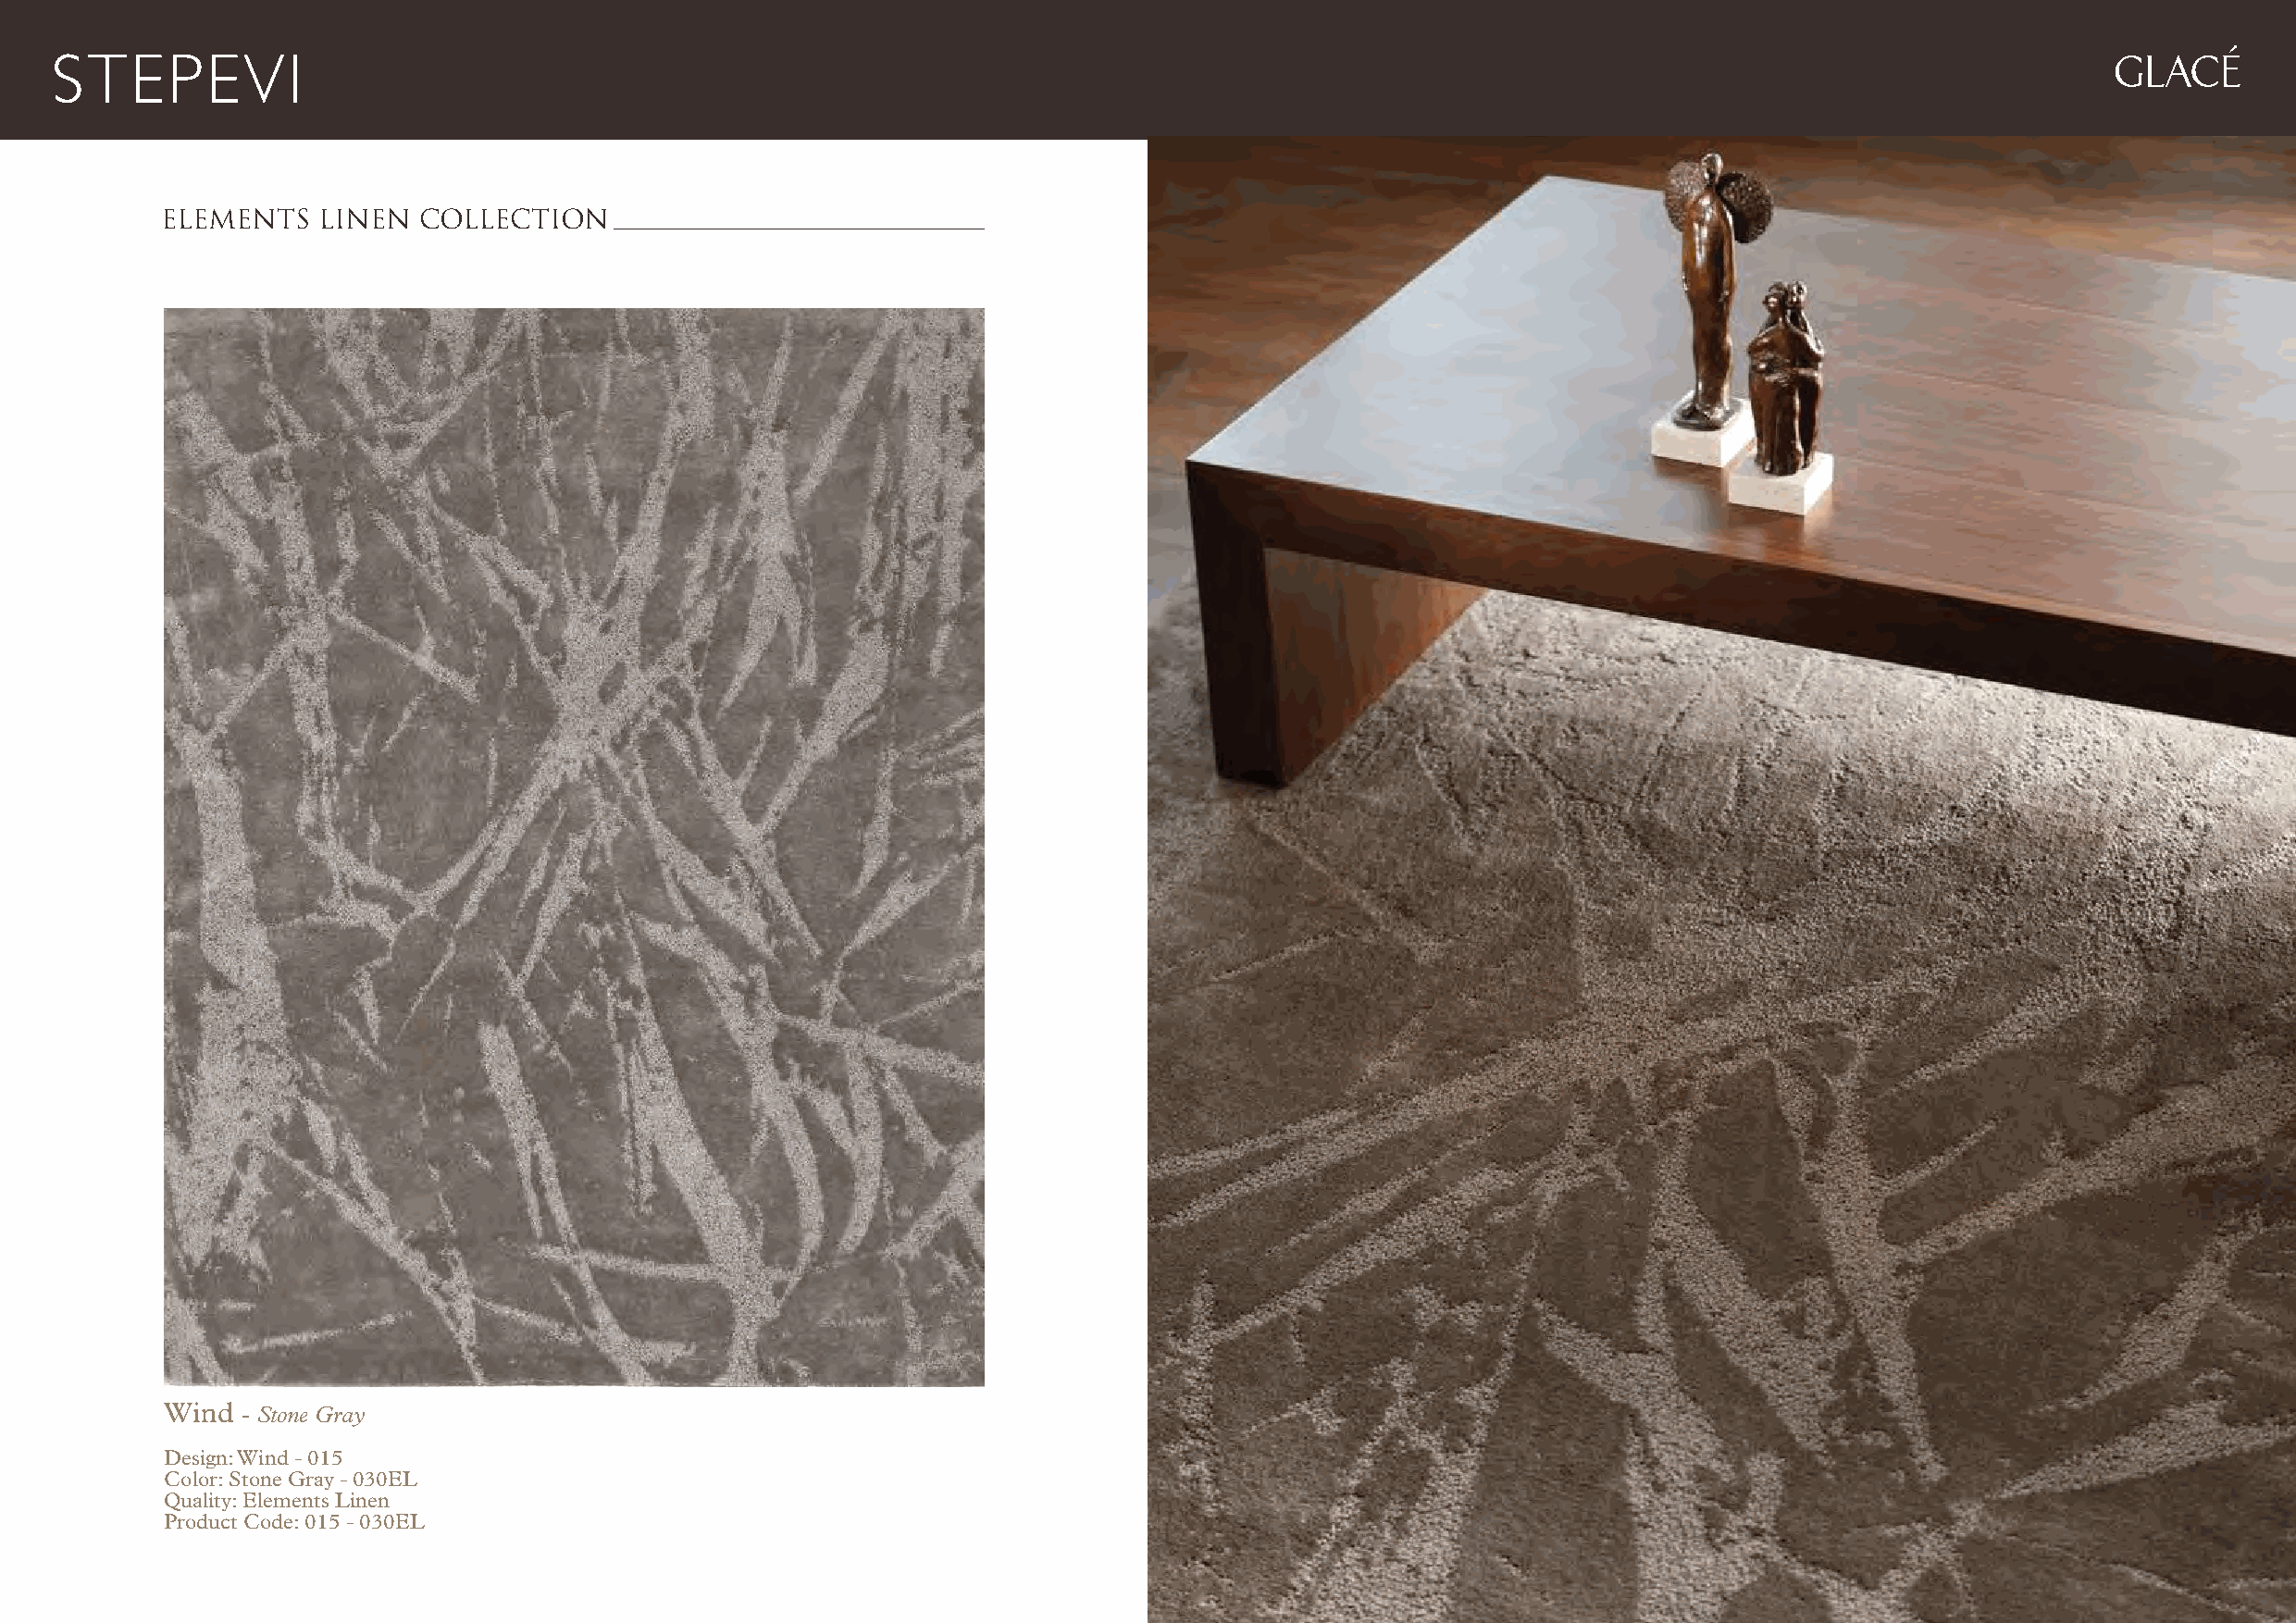
GLACÉ
 ELEMENTS   LINEN  COLLECTION
 Wind - Stone Gray
 Design: Wind - 015
 Color: Stone Gray - 030EL
 Quality: Elements Linen
 Product Code: 015 - 030EL